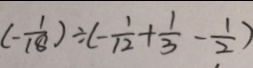
( - \frac { 1 } { 1 8 } ) \div ( - \frac { 1 } { 1 2 } + \frac { 1 } { 3 } - \frac { 1 } { 2 } )